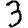
Digit: 3